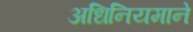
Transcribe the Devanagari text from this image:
अधिनियमाने